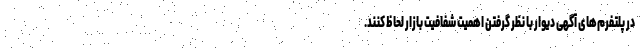
در پلتفرم‌های آگهی دیوار با نظر گرفتن اهمیت شفافیت بازار لحاظ کنند.